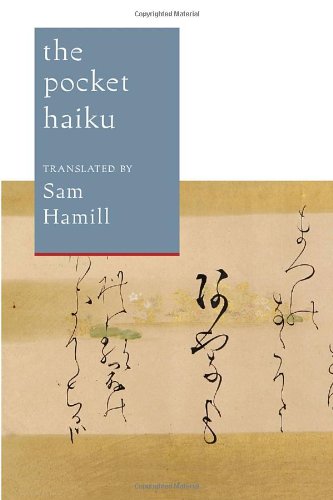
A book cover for The Pocket Haiku; Basho; Literature & Fiction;